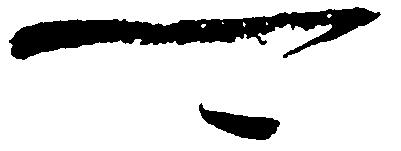
可